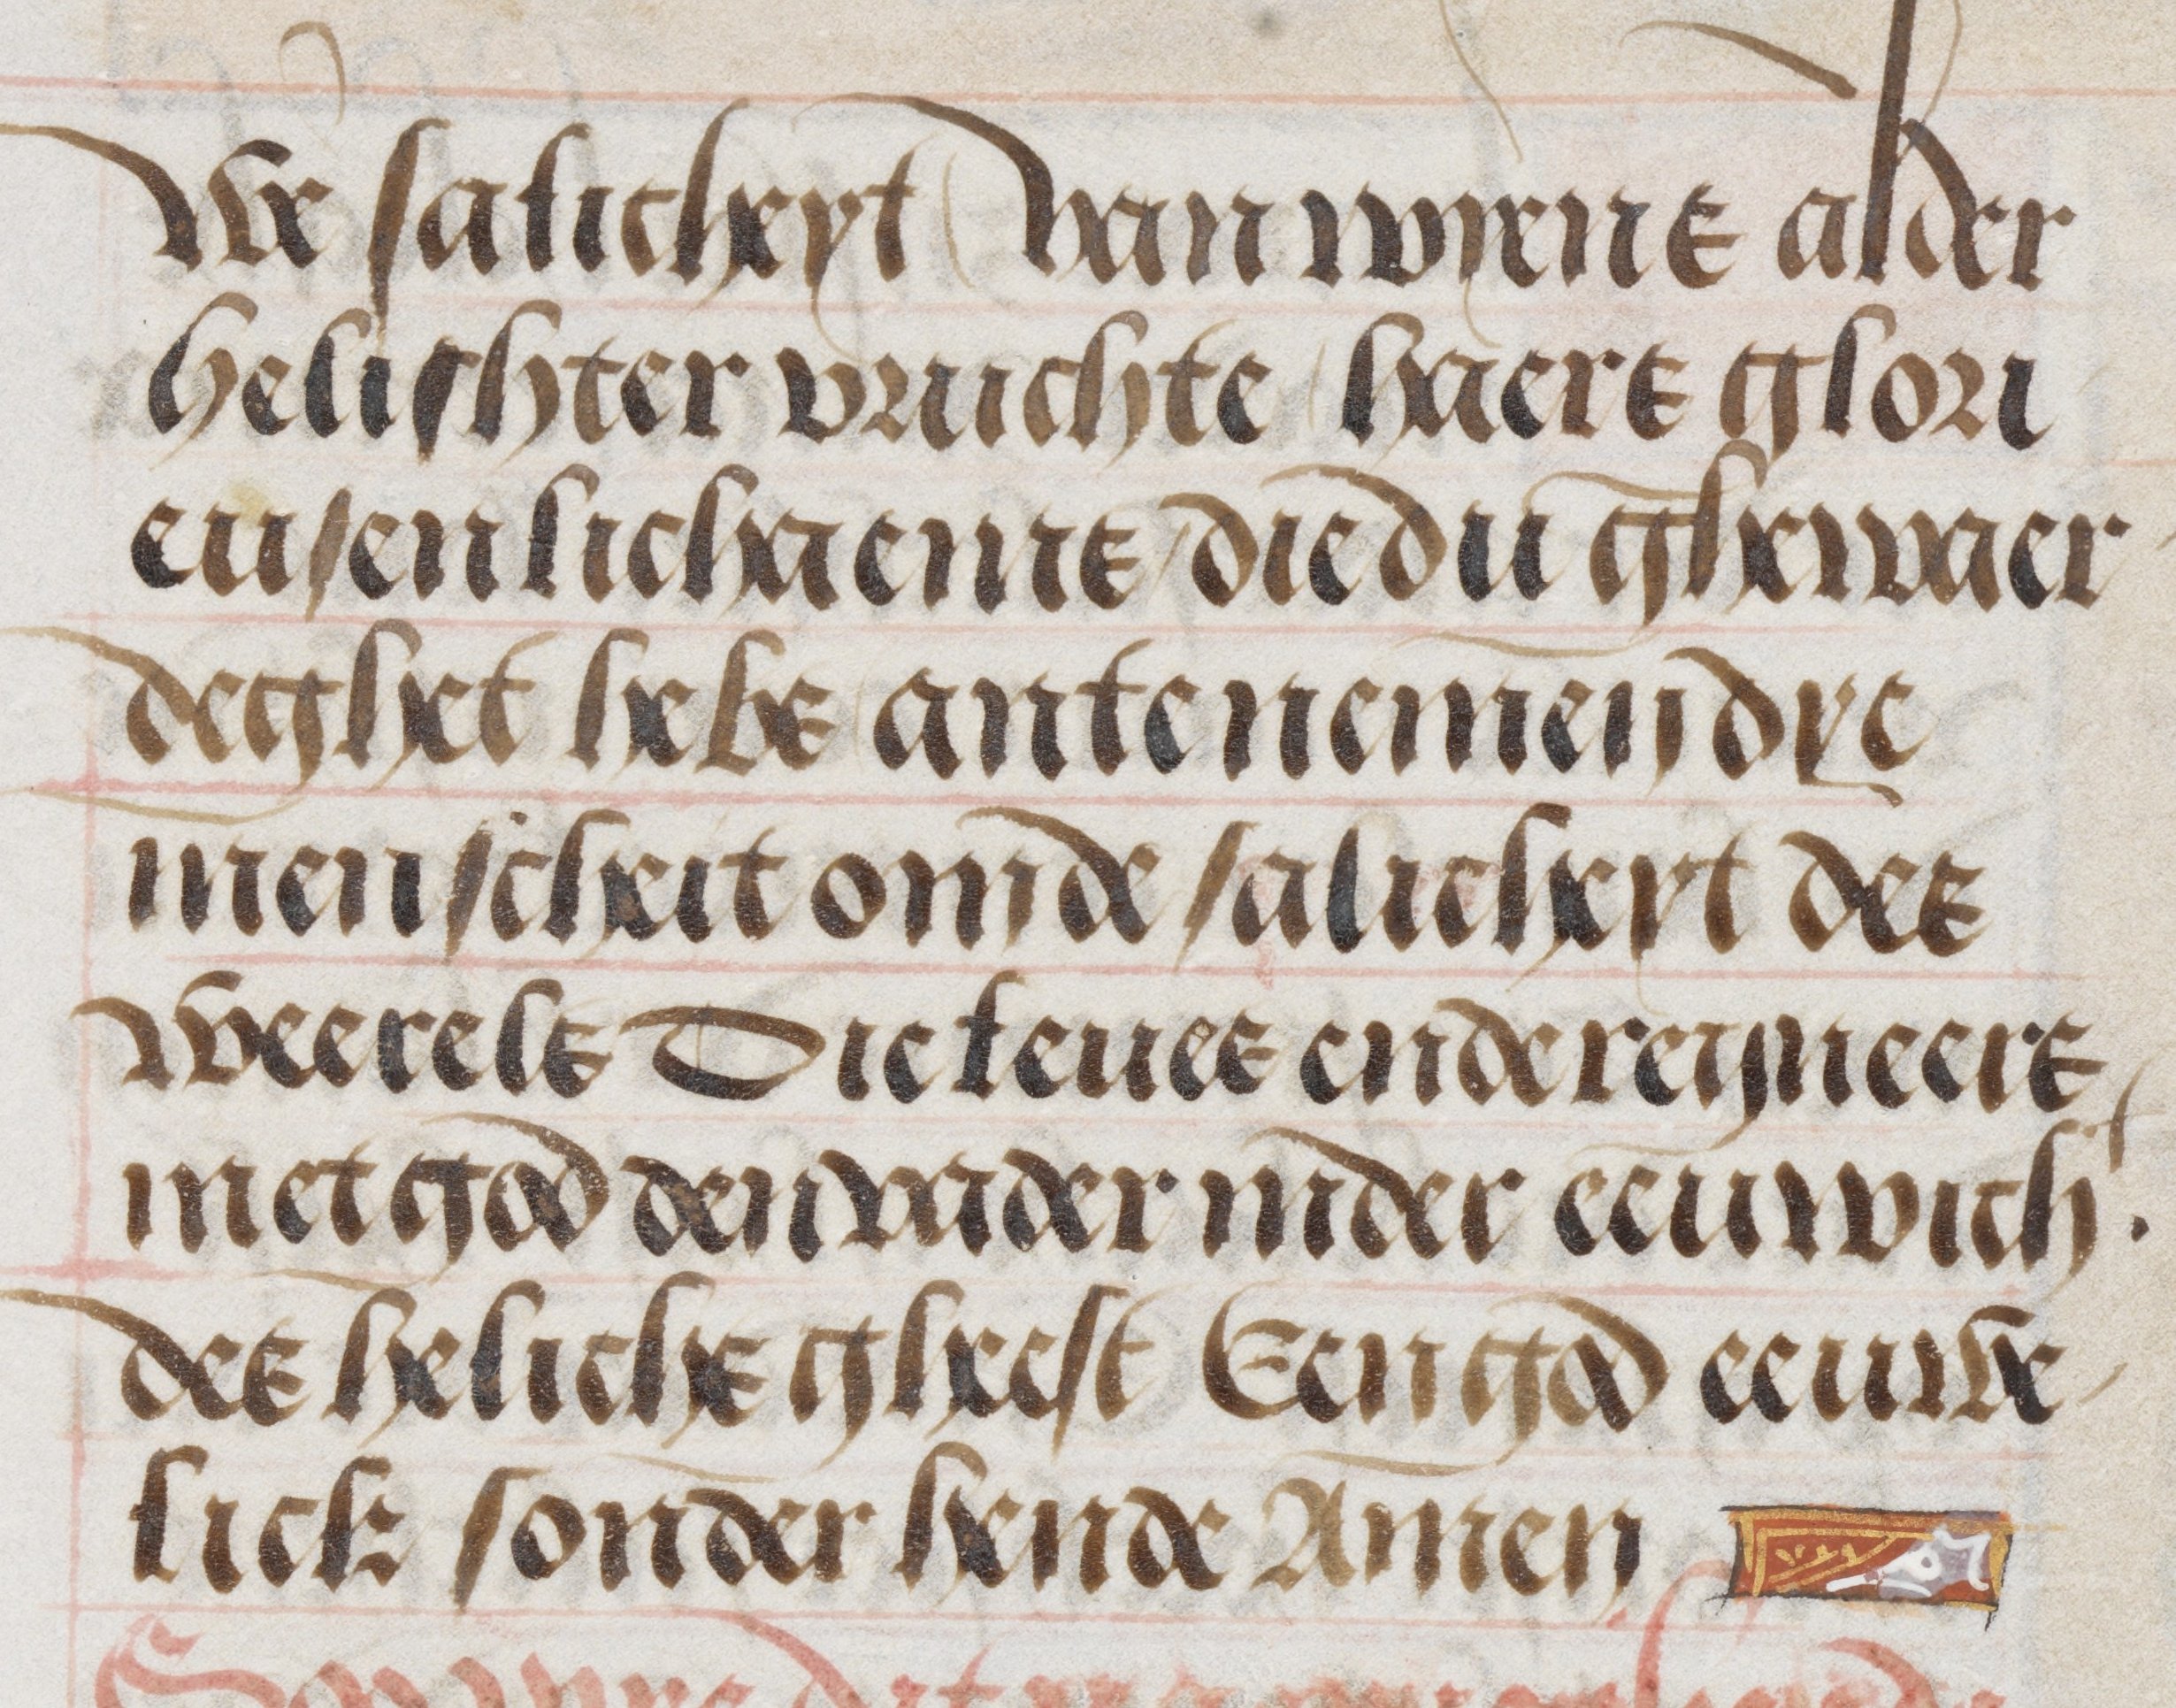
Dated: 1485–1515